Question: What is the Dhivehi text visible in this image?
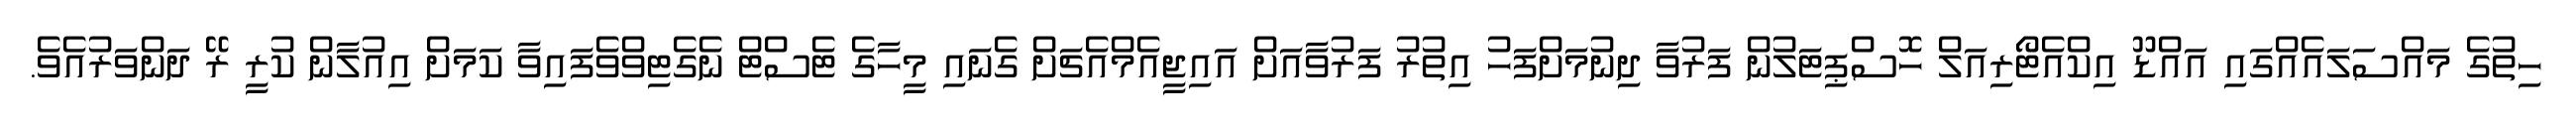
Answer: ހިތުގެ މައްސަލައެއްގައި އައްޑޫ އިކްއެޓޯރިއަލް ހޮސްޕިޓަލުން ފަރުވާ ދިނުމަށްފަހު އިތުރު ފަރުވާއަށް އައިޖީއެމްއެޗަށް ގެނައި މީހާގެ ޓެސްޓް ނެގެޓިވްވެފައިވާ ކަމަށް އިއުލާން ކުރީ ރޭ ދަންވަރުއެވެ.